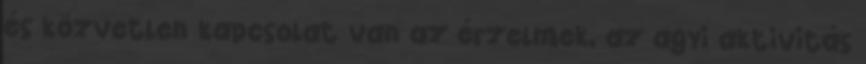
és közvetlen kapcsolat van az érzelmek, az agyi aktivitás